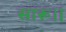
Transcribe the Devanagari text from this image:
सारू।।